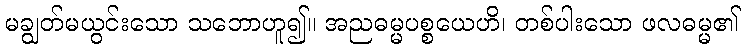
မချွတ်မယွင်းသော သဘောဟူ၍။ အညဓမ္မပစ္စယေဟိ၊ တစ်ပါးသော ဖလဓမ္မ၏